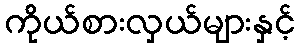
ကိုယ်စားလှယ်များနှင့်